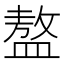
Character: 𥂢